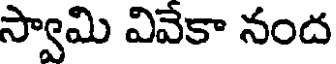
స్వామి వివేకా నంద